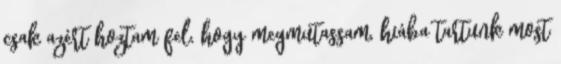
csak azért hoztam fel, hogy megmutassam, hiába tartunk most